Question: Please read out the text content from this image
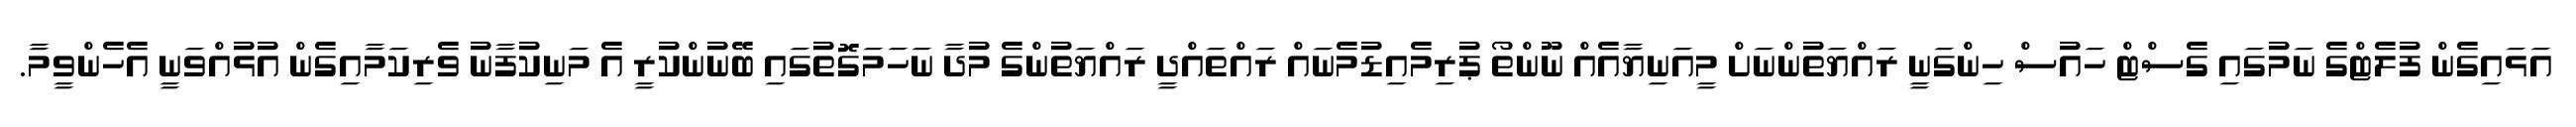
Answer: އަޅައިގެން ފުލެޓްގެ ނަމުގައި ގެސްޓް ހައުސް ހިންގަނީ ރައްޔަތުންނަށް މީއަނިޔާއެއް ނޫންތޯ ޕުރިމެއިޑުމެނައް ރައްތައްދީ ރައްޔަތުންގެ މުދާ ނަހަމަގޮތުގައި ބޭނުންކުރީ އެ މަނިކުފާނު ވެރިކަމާއިގެން އުޅުއްވަނީ އެހެންވީމާ.